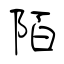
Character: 陌